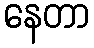
နေတာ